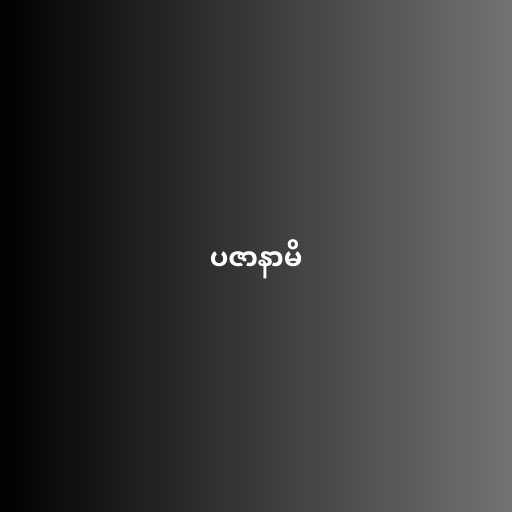
ပဇာနာမိ